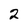
Character: 2